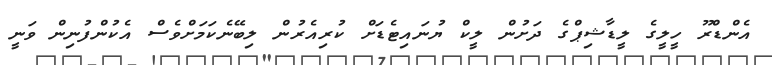
އެންޑްރޫ ހީލީގެ ލީޑާޝިޕްގެ ދަށުން ލީކް ޔުނައިޓެޑަށް ކުރިއެރުން ލިބޭނެކަމަށްވެސް އެކުންފުނިން ވަނީ